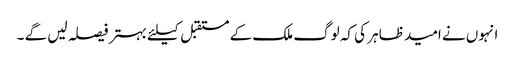
انہوں نے امید ظاہر کی کہ لوگ ملک کے مستقبل کیلئے بہتر فیصلہ لیں گے ۔